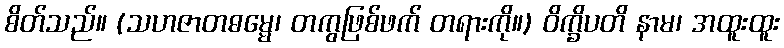
စိတ်သည်။ (သဟဇာတဓမ္မေ၊ တကွဖြစ်ဖက် တရားကို။) ဝိက္ခိပတိ နာမ၊ အထူးထူး